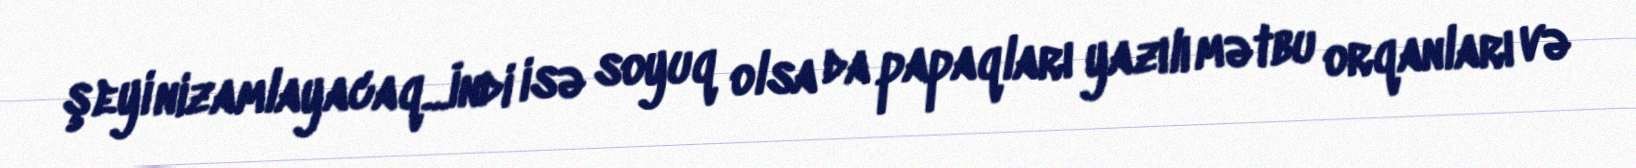
şeyi nizamlayacaq...İndi isə soyuq olsa da papaqları yazılı mətbu orqanları və